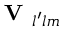
\textbf { V } _ { l ^ { \prime } l m }